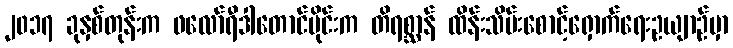
၂၀၁၇ ခုနှစ်တုန်းက ဖလော်ရီဒါတောင်ပိုင်းက တိရစ္ဆာန် ထိန်းသိမ်းစောင့်ရှောက်ရေးဥယျာဉ်မှာ